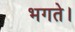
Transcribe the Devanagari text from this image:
भगते।